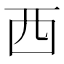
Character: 西